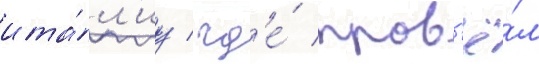
ита́л'иу / гд'е́ пров'ё́л